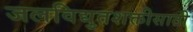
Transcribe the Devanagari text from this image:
जलविद्युतशक्तीसाठी